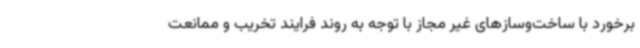
برخورد با ساخت‌وسازهای غیر مجاز با توجه به روند فرایند تخریب و ممانعت